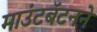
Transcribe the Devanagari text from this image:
माउंटबॅटनने